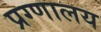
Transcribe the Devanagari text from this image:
प्रग्णालय